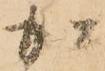
加